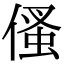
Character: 𠋺